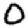
Digit: 0